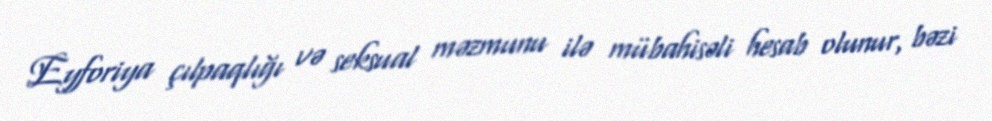
Eyforiya çılpaqlığı və seksual məzmunu ilə mübahisəli hesab olunur, bəzi